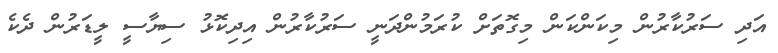
އަދި ސަރުކާރުން މިކަންކަން މިގޮތަށް ކުރަމުންދަނީ ސަރުކާރުން އިދިކޮޅު ސިޔާސީ ލީޑަރުން ދެކެ